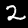
Label: 2